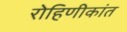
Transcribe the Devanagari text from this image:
रोहिणीकांत